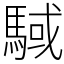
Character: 䮙